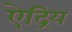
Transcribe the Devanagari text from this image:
ऐद्रिय